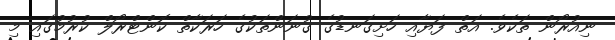
ނިއުރޯން ތަކެވެ. އަތް ފަޔާއި ހަށިގަނޑުގެ ގުނަންތަކުގެ ހަރަކާތް ކޮންޓްރޯލް ކުރުމުގައި މި